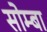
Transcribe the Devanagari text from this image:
सोम्बा